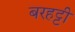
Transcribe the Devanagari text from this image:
बरहट्टी